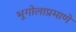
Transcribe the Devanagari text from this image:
भूगोलाप्रमाणे